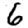
Digit: 6